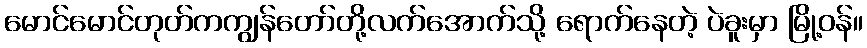
မောင်မောင်တုတ်ကကျွန်တော်တို့လက်အောက်သို့ ရောက်နေတဲ့ ပဲခူးမှာ မြို့ဝန်။